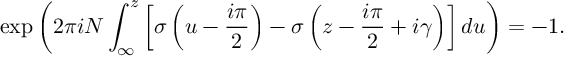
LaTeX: \exp \left( 2 \pi i N \int _ { \infty } ^ { z } \left[ \sigma \left( u - \frac { i \pi } { 2 } \right) - \sigma \left( z - \frac { i \pi } { 2 } + i \gamma \right) \right] d u \right) = - 1 .